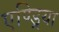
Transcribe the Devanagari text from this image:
एण्ड्रिया